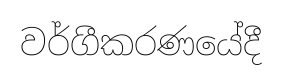
වර්ගීකරණයේදී